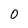
Character: O